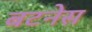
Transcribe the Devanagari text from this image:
बटनेस